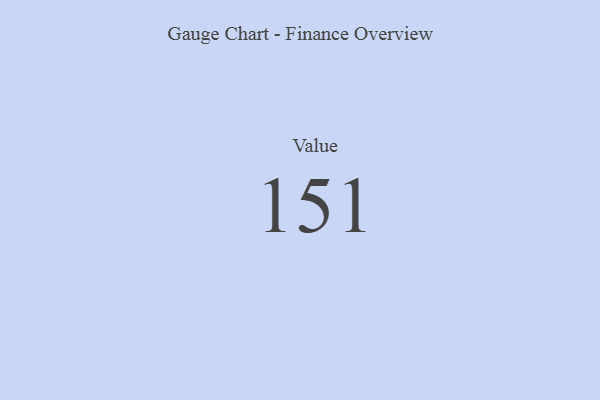
{"axis": {"x": "Metric", "y": "Value"}, "legend": [""], "data": [{"x": "Value", "y": 151, "type": ""}]}